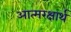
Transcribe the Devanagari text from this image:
आत्मरक्षार्थ